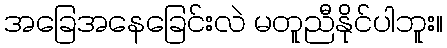
အခြေအနေခြေင်းလဲ မတူညီနိုင်ပါဘူး။